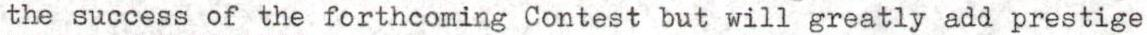
the success of the forthcoming Contest but will greatly add prestige